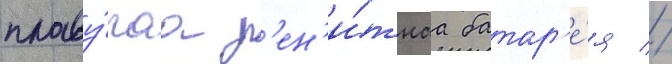
плаву́чаа з'ен'и́тнаа батар'е́я //